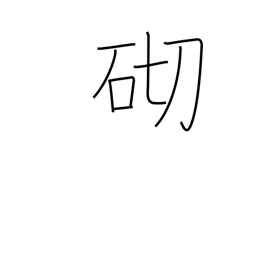
Meaning: occasion